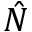
\hat { N }